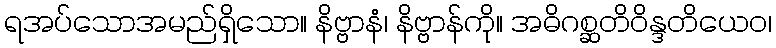
ရအပ်သောအမည်ရှိသော။ နိဗ္ဗာနံ၊ နိဗ္ဗာန်ကို။ အဓိဂစ္ဆတိဝိန္ဒတိယေဝ၊